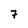
Character: 7